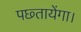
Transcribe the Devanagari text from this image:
पछ्तायेंगा।